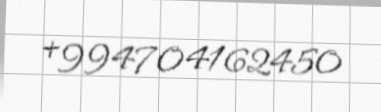
+994704162450